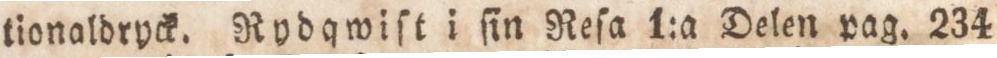
tionaldryck. Rydqwiſt i ſin Reſa 1:a Delen pag. 234